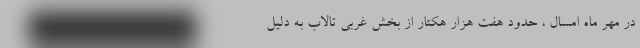
در مهر ماه امسال ، حدود هفت هزار هکتار از بخش غربی تالاب به دلیل